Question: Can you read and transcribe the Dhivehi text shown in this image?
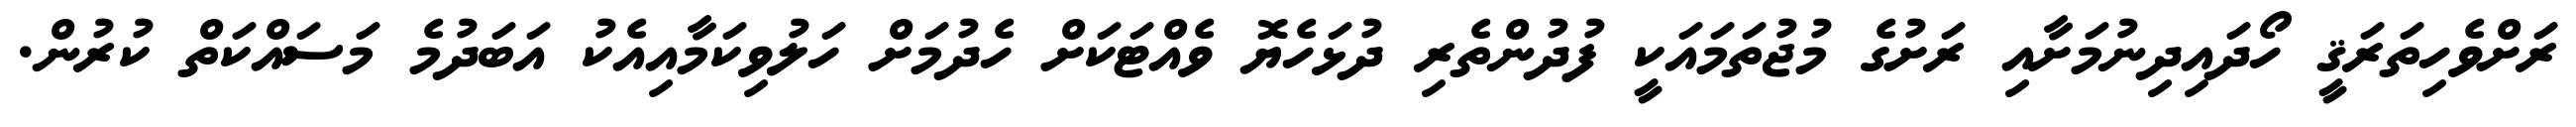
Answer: ރަށްވެހިތަރަޤީ ހޯދައިދިނުމަށާއި ރަށުގެ މުޖުތަމައަކީ ފުދުންތެރި ދުޅަހެޔޮ ވެއްޓަކަށް ހެދުމަށް ހަލުވިކަމާއިއެކު އަބަދުމެ މަސައްކަތް ކުރުން.